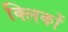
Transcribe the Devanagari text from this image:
क्लिकों